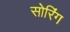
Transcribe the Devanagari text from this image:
सोरिंग